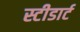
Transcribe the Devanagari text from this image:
स्टीडार्ट